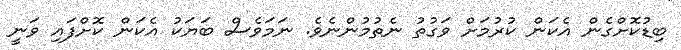
ބިޑުކޮށްގެން އެކަން ކުރުމަށް ވަގުތު ނެތުމުންނެވެ. ނަމަވެސް ބަޔަކު އެކަން ކޮށްފައި ވަނީ